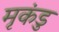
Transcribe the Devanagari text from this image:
मृकंडु